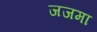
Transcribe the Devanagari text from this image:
जजमा